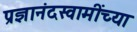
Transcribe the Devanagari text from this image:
प्रज्ञानंदस्वामींच्या